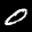
Label: 0